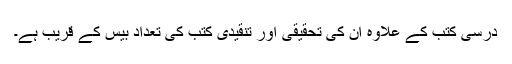
درسی کتب کے علاوہ ان کی تحقیقی اور تنقیدی کتب کی تعداد بیس کے قریب ہے۔